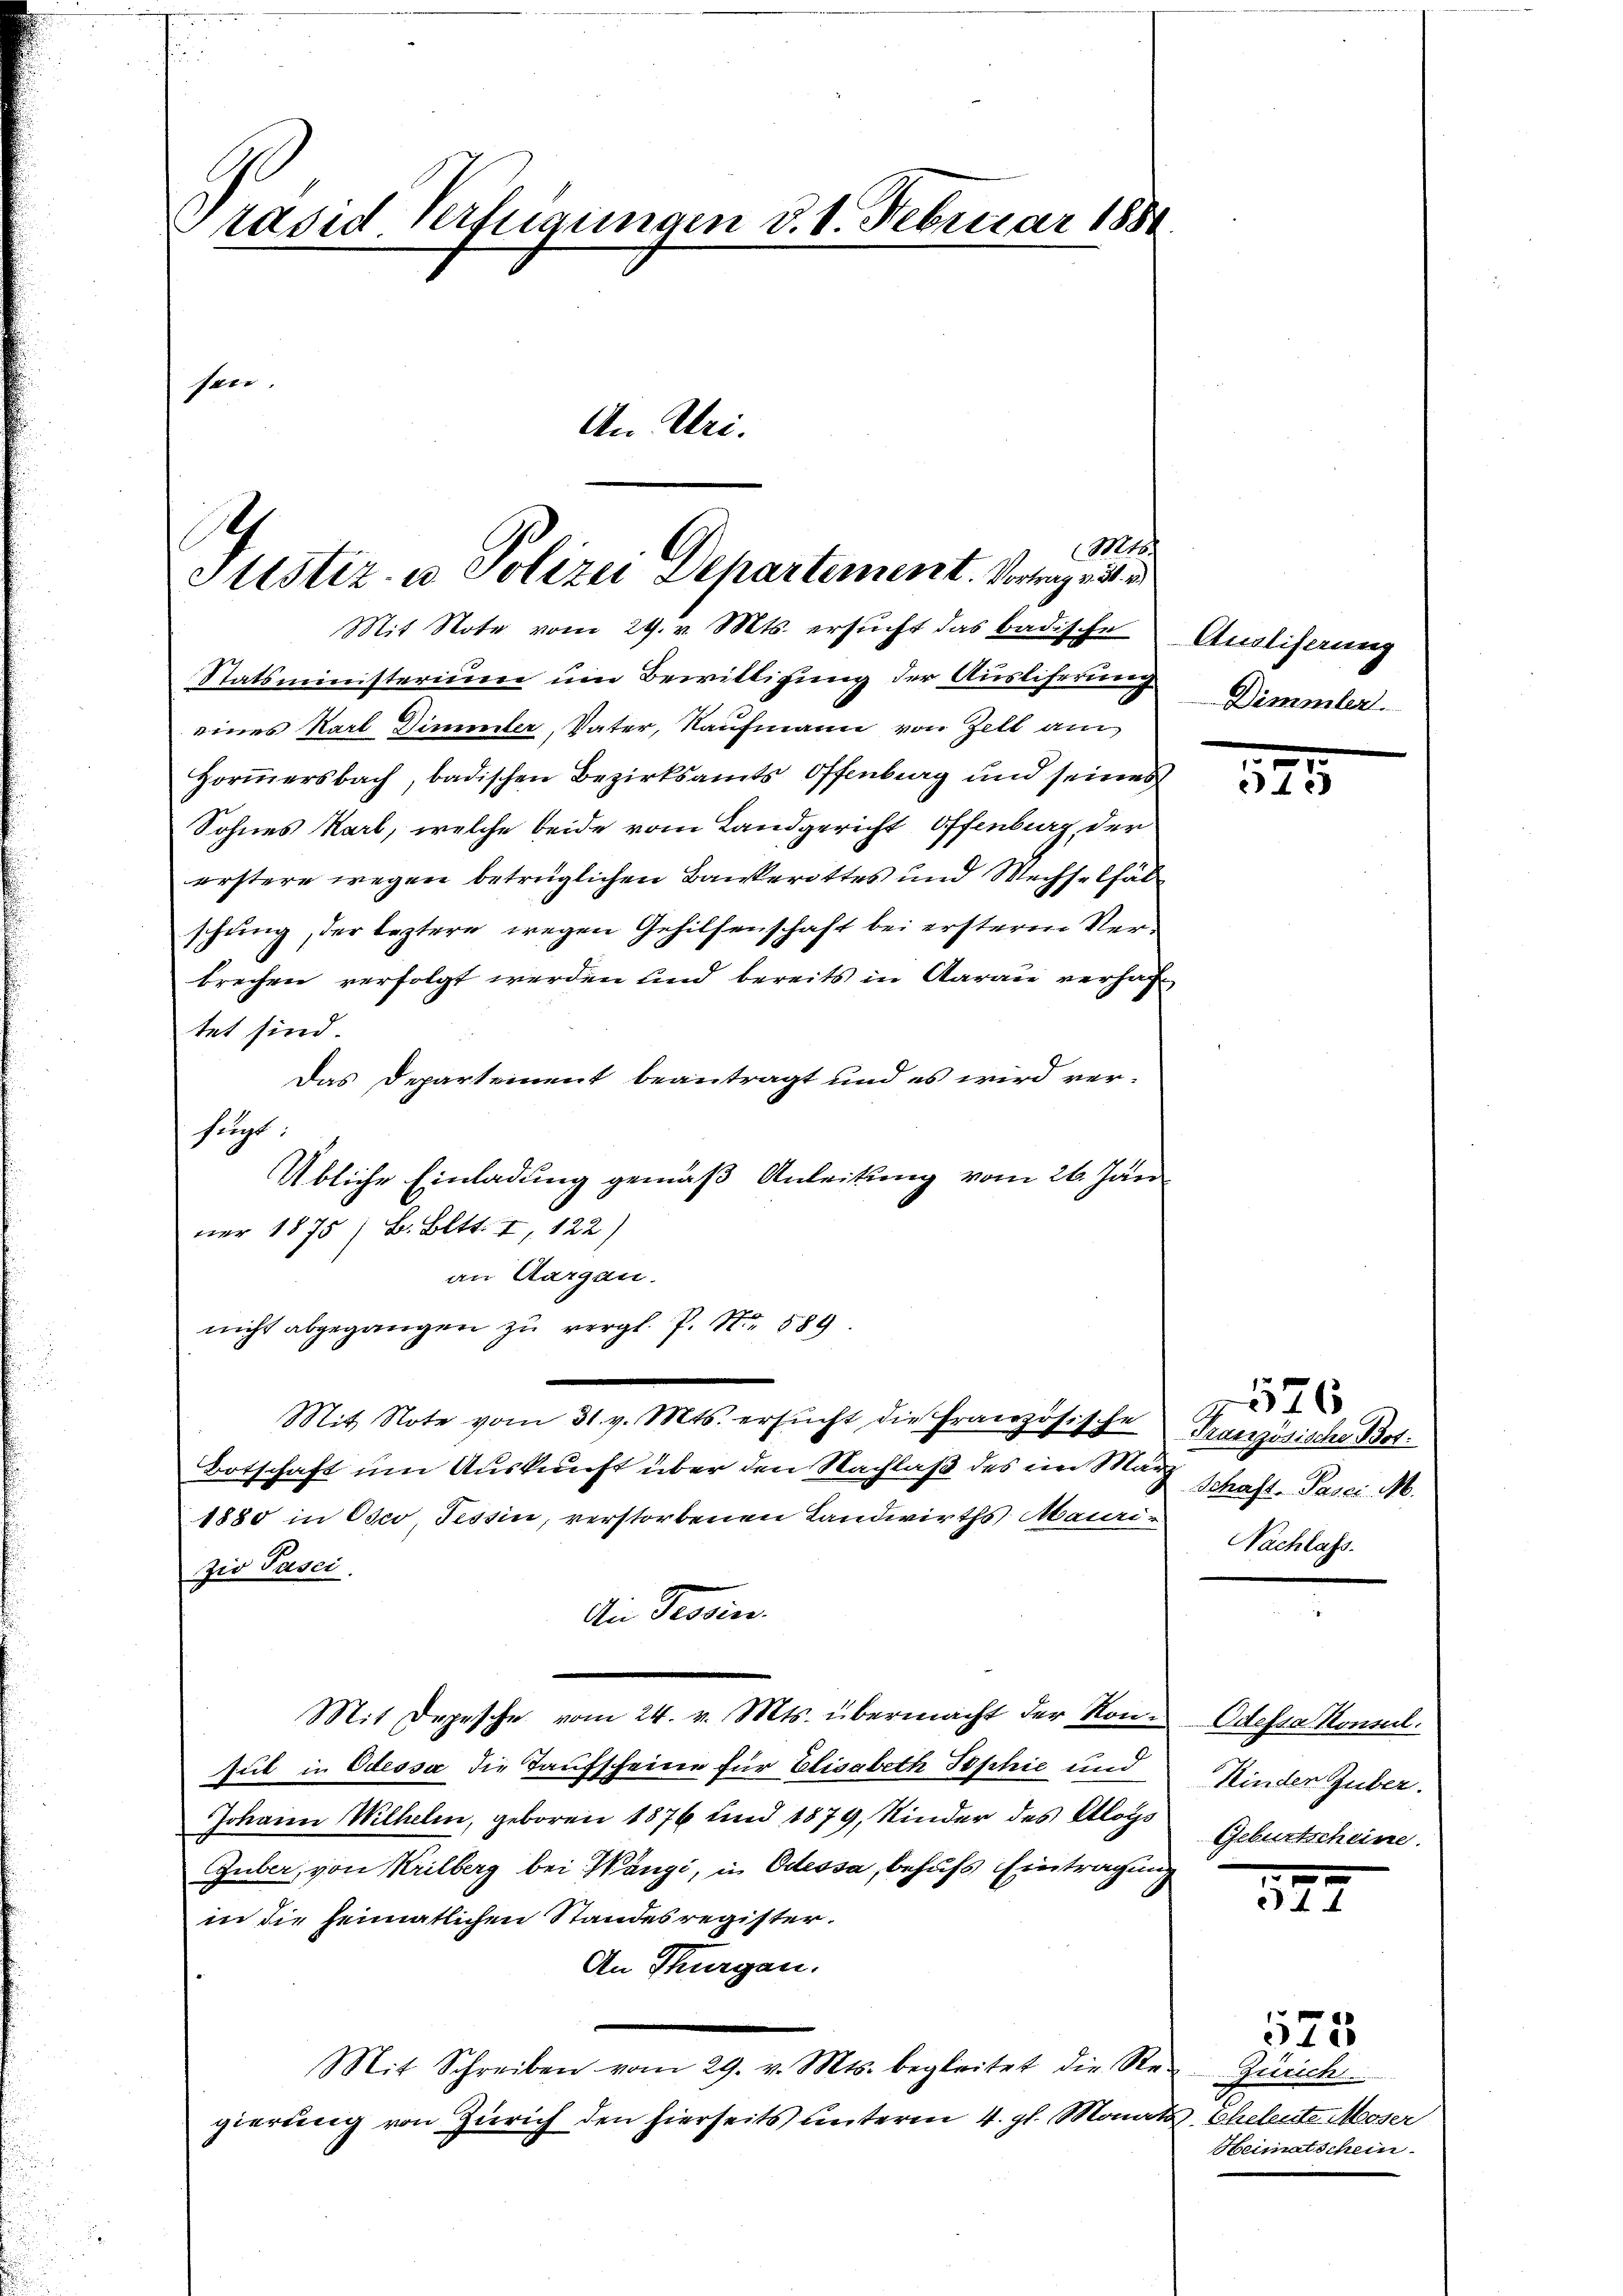
rased Verfügungen d. 1. Februar 1880
sen.
An Uri.

1
Sistiz- u. Polizei Separtement. Vortrag v. 31.
Mit Note vom 29. v. Mts. ersucht das badische

Statsministerium um Bewilligung der Ausliferung
eieres Karl Dimmler, Vater, Kaufmann von Zell am
Hormersbach, badischen Bezirksamts Offenburg und seinen
Sohnes Karl, welche beide vom Landgericht Offenburg, der
erstere wegen betrüglichen Bankerottes und Wechselfäl
schung, der leztere wegen Gehilfenschaft bei ersterm Verbrechen verfolgt werden und bereits in Aarau verhatet sind.
Das Departement beantragt und es wird ver-
fegt
Mit Note vom 31. v. Mts. ersucht die Französische
Botschaft um Auskunft über den Nachlaß des im Ma¬
1880 in Oser Tessin, verstorbenen Landwirths Mauri-
zio Pasci.
Ain Tessin,
Mit Depesche vom 24. v. Mts. übermacht der Konsul in Odessa die Taufscheine für Elisabeth Sophie und
Johann Wilhelm, geboren 1876 und 1879, Kinder des Klog¬
Guber, von Krilberg bei Wangi, in Odessa, behufs Eintragen
in die heimatlichen Standesregister.
An Thurgau.
Mit Schreiben vom 29. v. Mts. begleitet die Ste
gierung von Zürich den hierseits unterm 4. gl. Mona

Übliche Einladung gemäß Anleitung vom 26. Jun
ner 1875 / B. Bett. I 122)
an Aargau.
nicht abgegangen zu vergl. P. Nr. 589

Ausliferung
Dimmler.

575

576
Französische Bot:
¬
Schaft- Pasci M.
Nachlass.

Odessa Konseil.
Kinden Guber.
Geburtscheine

177

Zürich
da Scheleute Moser
Heimatschein

23